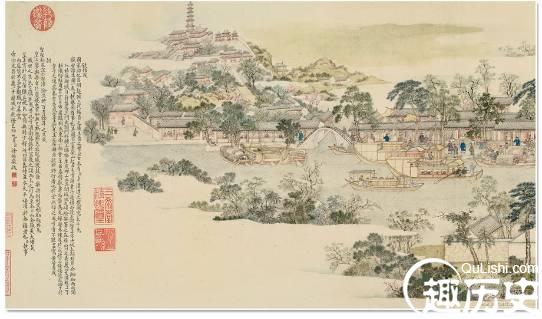
锦江近西烟水绿，新雨山头荔枝熟。